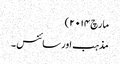
مارچ ۲۰۱۴)
مذہب اور سائنس ۔